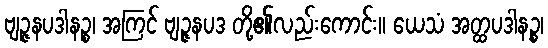
ဗျဉ္ဇနပဒါနဉ္စ၊ အကြင် ဗျဉ္ဇနပဒ တို့၏လည်းကောင်း။ ယေသံ အတ္ထပဒါနဉ္စ၊